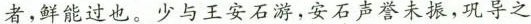
者，鲜能过也。少与王安石游，安石声誉未振，巩导之